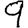
Digit: 9